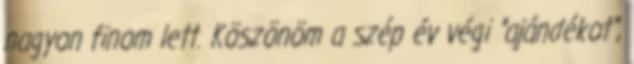
nagyon finom lett. Köszönöm a szép év végi "ajándékot",